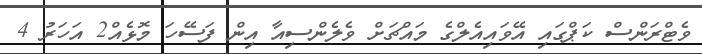
ވެޓްރަންސް ކަޕްގައި އޭވައިއެލްގެ މައްޗަށް ވެލެންސިއާ އިން ފަސޭހަ މޮޅެއް2 އަހަރު 4